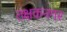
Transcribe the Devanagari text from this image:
तक्षकनगर